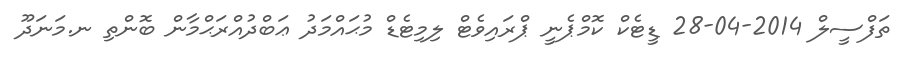
ތަފްސީލް 2014-04-28 ޑީޓެކް ކޮމްޕެނީ ޕްރައިވެޓް ލިމިޓެޑް މުޙައްމަދު ޢަބްދުއްރަޙްމާން ބޮންތި ނ.މަނަދޫ